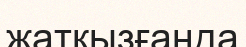
жатқызғанда